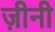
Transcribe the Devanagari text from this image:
ज़ीनी